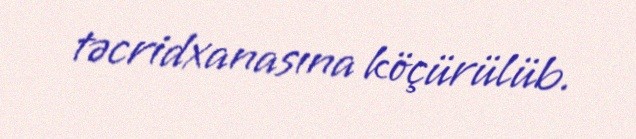
təcridxanasına köçürülüb.